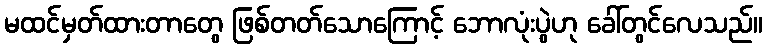
မထင်မှတ်ထားတာတွေ ဖြစ်တတ်သောကြောင့် ဘောလုံးပွဲဟု ခေါ်တွင်လေသည်။